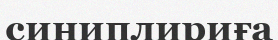
синиплириға